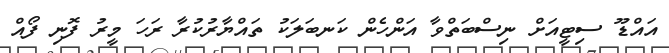
އައްޑޫ ސިޓީއަށް ނިސްބަތްވާ އަންހެން ކަނބަލަކު ތައްޔާރުކުރާ ރަހަ މީރު ފޮނި ފޯއް